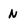
Character: N